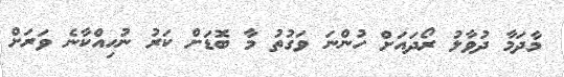
މާދަމާ ދުވާލު ރޯދައަށް ހުންނަ ވަގުތު މާ ބޮޑަށް ކަރު ނުހިއްކާނެ ވަރަށް